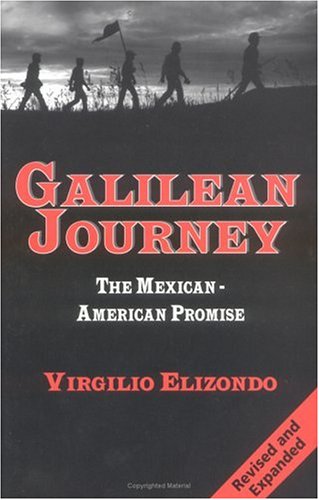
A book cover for Galilean Journey: The Mexican-American Promise; Virgilio P. Elizondo; Christian Books & Bibles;